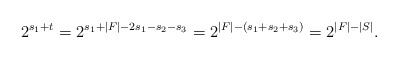
\begin{align*}2^{s_1+t}=2^{s_1+|F|-2s_1-s_2-s_3}=2^{|F|-(s_1+s_2+s_3)}=2^{|F|-|S|}.\end{align*}